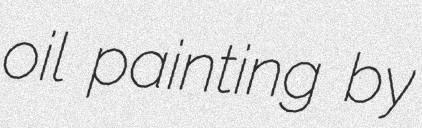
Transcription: oil painting by